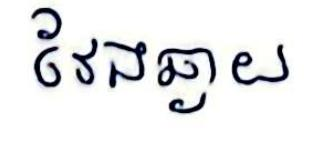
វែងឆ្ងាយ